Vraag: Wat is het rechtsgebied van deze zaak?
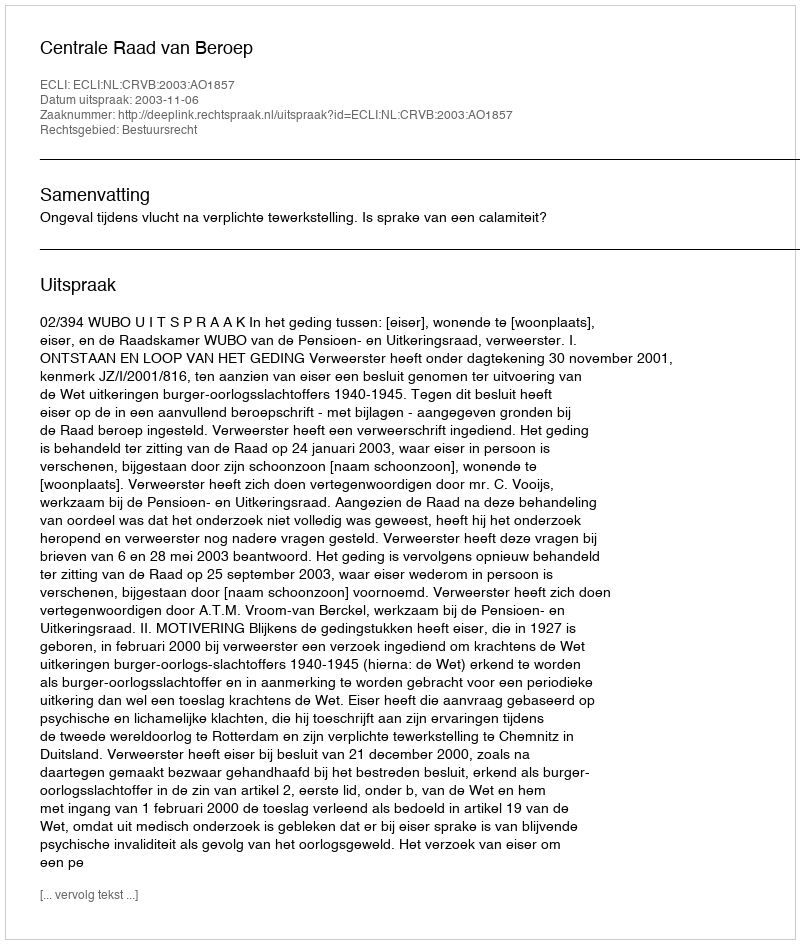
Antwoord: Bestuursrecht